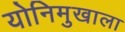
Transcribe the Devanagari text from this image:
योनिमुखाला